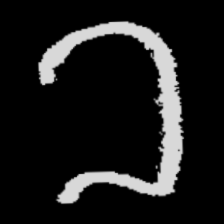
Pyu character \u2014 Myanmar letter: ခ (romanized: kha)